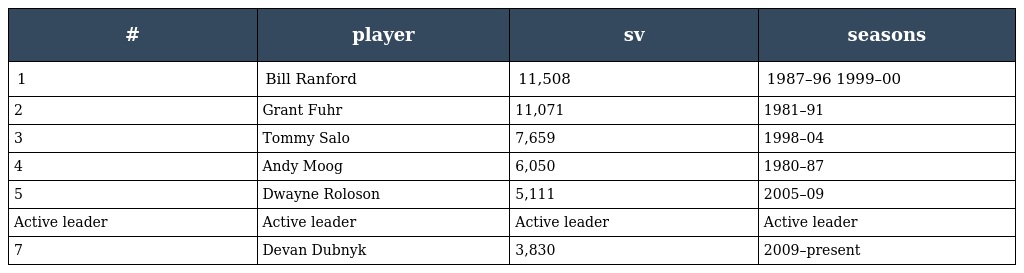
| # | player | sv | seasons |
 | --- | --- | --- | --- |
 | 1 | Bill Ranford | 11,508 | 1987–96 1999–00 |
 | 2 | Grant Fuhr | 11,071 | 1981–91 |
 | 3 | Tommy Salo | 7,659 | 1998–04 |
 | 4 | Andy Moog | 6,050 | 1980–87 |
 | 5 | Dwayne Roloson | 5,111 | 2005–09 |
 | Active leader | Active leader | Active leader | Active leader |
 | 7 | Devan Dubnyk | 3,830 | 2009–present |